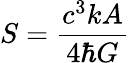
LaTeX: S={\frac{c^{3}kA}{4\hbar G}}